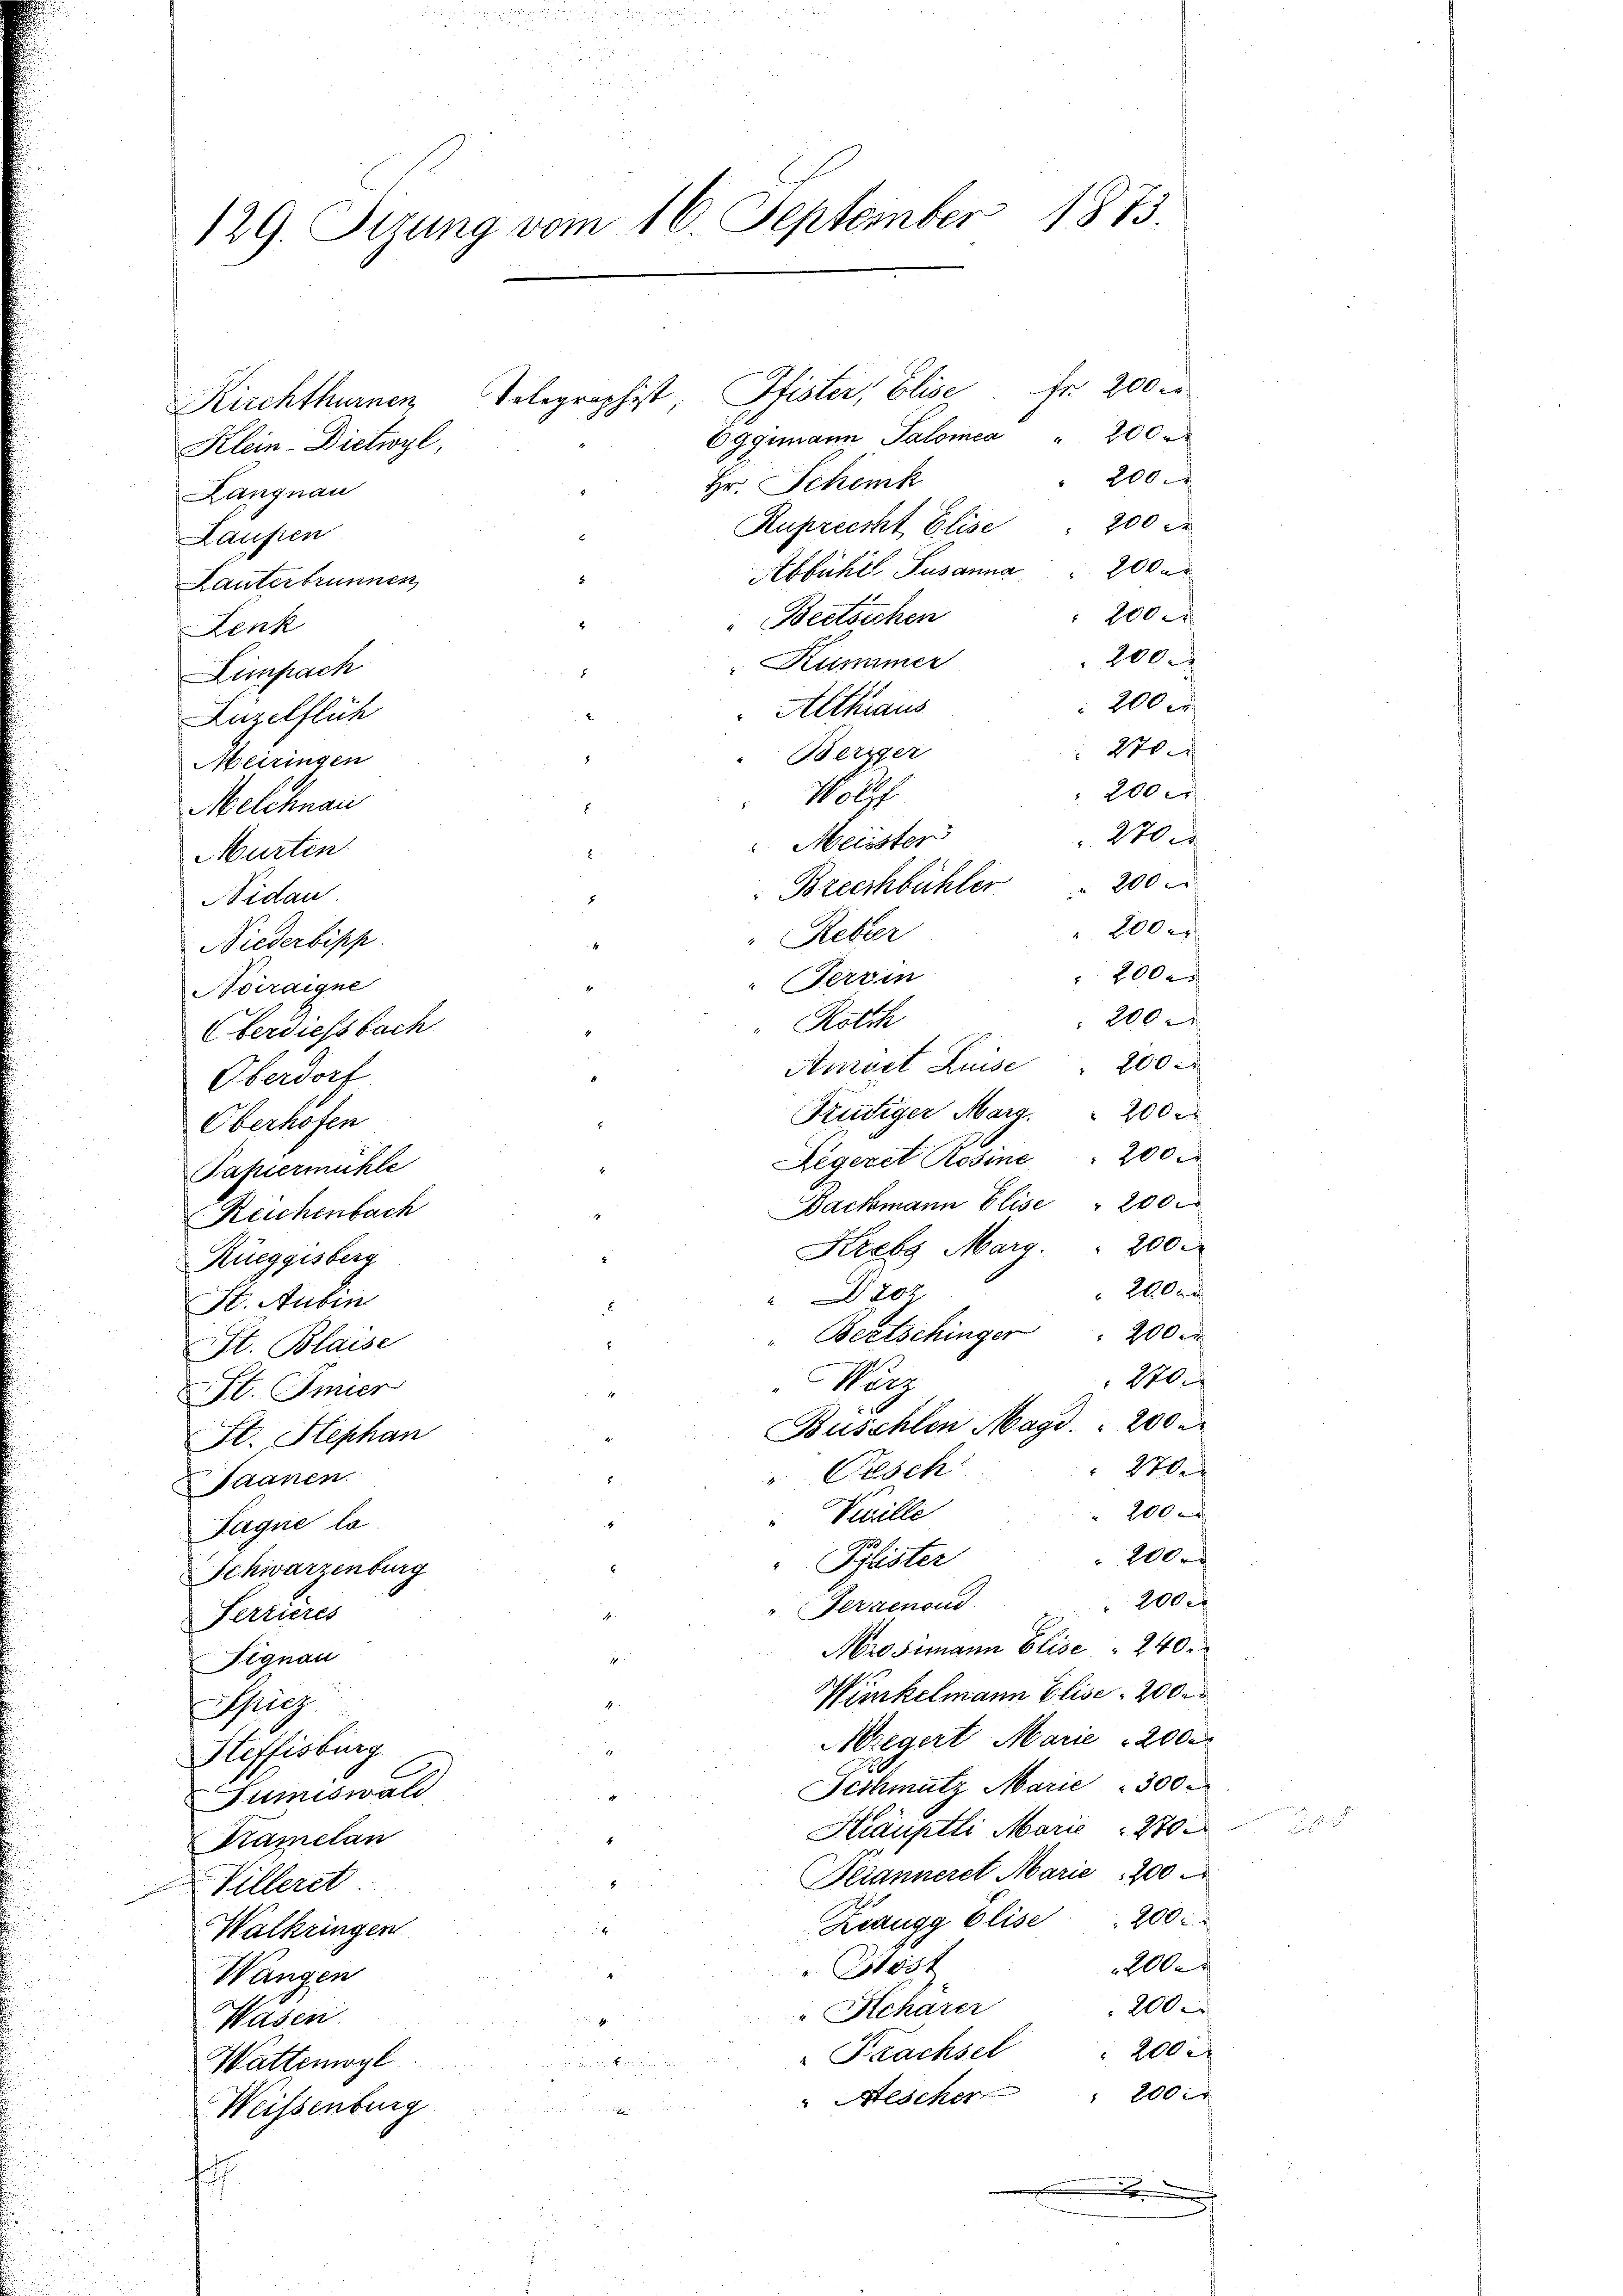
129. Sizung vom 16. September 1873.

Telegraphist, Pfister, Elise. Fr. 200 er
Kirchthurnen
Oggmann Salomea " 200
Klein-Dietwyl,
Hr. Schenk
Langnau
Ruprecht Elise " 200 Fr
Laupen
Abbühl, Susanna " 200
Lanterbrunnen
Lenk
Limpach
Lüzelflich
Meiringen
Melchnau
Murten.
Sidau
Niederbish
Noiraigne
Rigeret Rosine 200
Backmann Elise " 2000
Krebs Marg. 200
Rüeggisberg
200 r
207.
St. Auben
.
" Beetschinger " 200
St. Blaise
270.
Kurz
St. Amier
Buschlen Magd. 200
St. Stephan
1
" Pesch
Saanen.
200 m
Vuille
Sague lo
200 r
Pylister
Schwarzenburg
200 r
Ferrenoud
Serzieres
Hrosimann Elise " 240.
1
Signau
Winkelmann Elise: 200 r
Aig
Megert Marie 2000.
Steffisburg
Schmutz Marie 300
d
Sumiswald
Häuptli Marie " 270
Kamelan
Feianneret Marie 100
Villeret
Keaugg Elise . 200
Walkringen
2000
Höst
Wangen
200
„Schärer
Wasen.
i
Trachsel
Wattemögl
" Mischer " 200 r
Weissenburg

Eferdiessbach
Oberdorf.
Oberhofen
Papiermühle
Reichenbach

"Beetschen
Kummer
Althraus
270
Weriger
200 x
N. S.
270 c
Mllister

Breckbächler " 200
2000
Reber
200x
Terrin
200
Roth
Amvet Luise " 200
Frutiger Marg. " 200 r

.

200
100
100.
 200 r